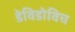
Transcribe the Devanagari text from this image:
डेविडोविच